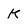
Character: K